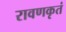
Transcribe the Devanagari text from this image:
रावणकृतं